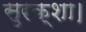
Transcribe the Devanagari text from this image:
सुरक्शा।